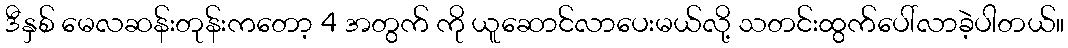
ဒီနှစ် မေလဆန်းတုန်းကတော့ 4 အတွက် ကို ယူဆောင်လာပေးမယ်လို့ သတင်းထွက်ပေါ်လာခဲ့ပါတယ်။